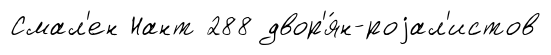
Смал'ен Нант 288 двор'я́н-роjал'истов